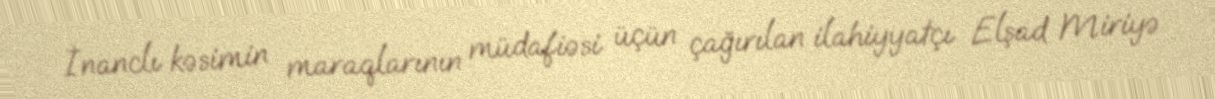
İnanclı kəsimin maraqlarının müdafiəsi üçün çağırılan ilahiyyatçı Elşad Miriyə